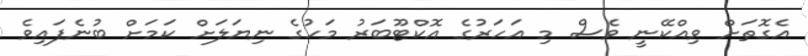
އެގޮތަށް ވިއްކޭނީ ވެސް މި އަހަރުގެ އޮކްޓޫބަރު މަހުގެ ނިޔަލަށް ކަމަށް ބުނެފައިވެ